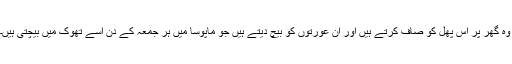
وہ گھر پر اس پھل کو صاف کرتے ہیں اور ان عورتوں کو بیچ دیتے ہیں جو ماپوسا میں ہر جمعہ کے دن اسے تھوک میں بیچتی ہیں۔